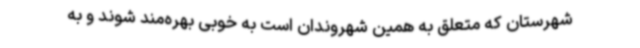
شهرستان که متعلق به همین شهروندان است به‌ خوبی بهره‌مند شوند و به